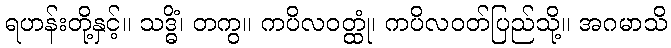
ရဟန်းတို့နှင့်။ သဒ္ဓိံ၊ တကွ။ ကပိလဝတ္ထုံ၊ ကပိလဝတ်ပြည်သို့။ အဂမာသိ